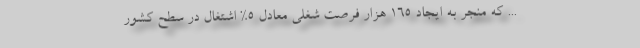
... که منجر به ایجاد 165 هزار فرصت شغلی معادل 5% اشتغال در سطح کشور